Studies on the mouth parts a Comparative anatomy of the proboscis in the blood-sucking muscidae - Number 60
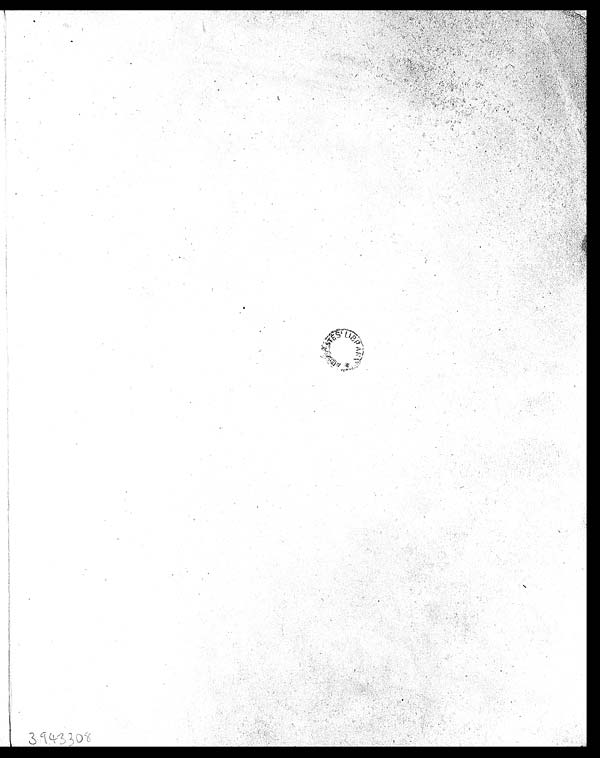
3943308